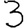
Digit: 3